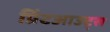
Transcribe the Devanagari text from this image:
प्रिंटआउट्स